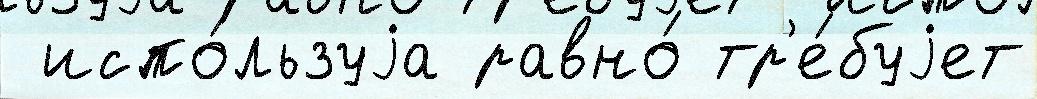
 испо́льзуjа равно́ тр'е́буjет